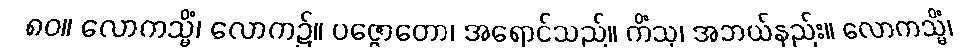
၈၀။ လောကသ္မိံ၊ လောက၌။ ပဇ္ဇောတော၊ အရောင်သည်။ ကိံသု၊ အဘယ်နည်း။ လောကသ္မိံ၊